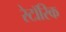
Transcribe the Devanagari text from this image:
रेटॉरिक